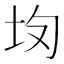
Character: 𡉳